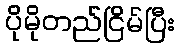
ပိုမိုတည်ငြိမ်ပြီး